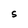
Character: S